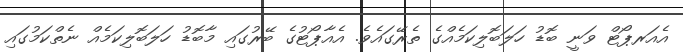
އެއަރޕޯޓް ވަނީ ބޮޑު ހަލަބޮލިކަމެއްގެ ތެރޭގައެވެ. އެއާޕޯޓުގެ ބޭރުގައި މާބޮޑު ހަލަބޮލިކަމެއް ނެތްކަމުގައި